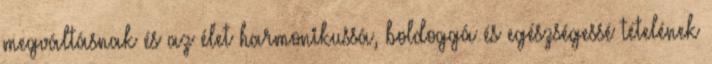
megváltásnak és az élet harmonikussá, boldoggá és egészségessé tételének